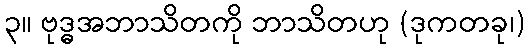
၃။ ဗုဒ္ဓအဘာသိတကို ဘာသိတဟု (ဒုကတခု၊)